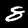
Digit: 8